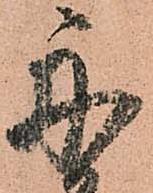
舟